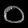
Digit: ၀